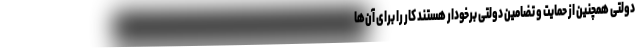
دولتی همچنین از حمایت و تضامین دولتی برخودار هستند کار را برای آن‌ها